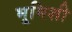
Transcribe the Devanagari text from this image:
भूमिशी